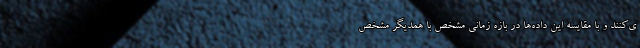
ی‌کنند و با مقایسه این داده‌ها در بازه زمانی مشخص با همدیگر مشخص